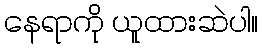
နေရာကို ယူထားဆဲပါ။